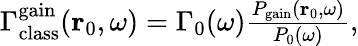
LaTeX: \begin{array}{r}{\Gamma_{\mathrm{class}}^{\mathrm{gain}}(\mathbf{r}_{0},\omega)=\Gamma_{0}(\omega)\frac{P_{\mathrm{gain}}(\mathbf{r}_{0},\omega)}{P_{0}(\omega)},}\end{array}